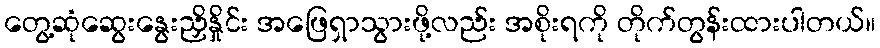
တွေ့ဆုံဆွေးနွေးညှိနှိုင်း အဖြေရှာသွားဖို့လည်း အစိုးရကို တိုက်တွန်းထားပါတယ်။